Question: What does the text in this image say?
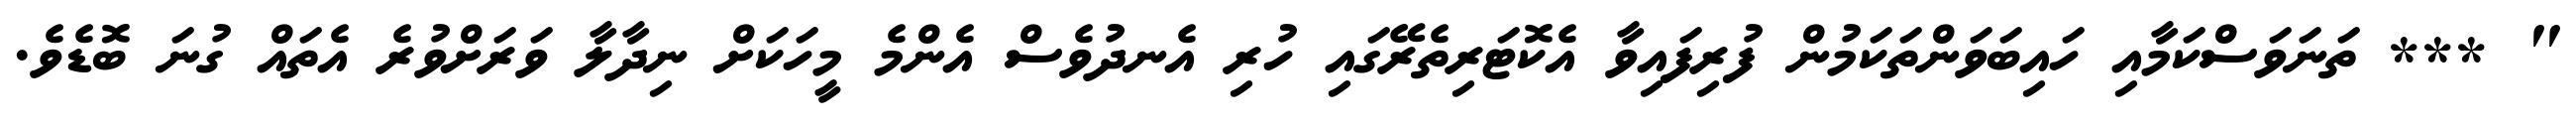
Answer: " *** ތަނަވަސްކަމާއި ހައިބަވަންތަކަމުން ފުރިފައިވާ އެކޮޓަރިތެރޭގައި ހުރި އެނދުވެސް އެންމެ މީހަކަށް ނިދާލާ ވަރަށްވުރެ އެތައް ގުނަ ބޮޑެވެ.